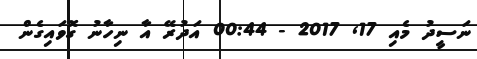
ނަސީދު މެއި 17